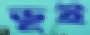
ভূই